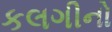
કલગીનો